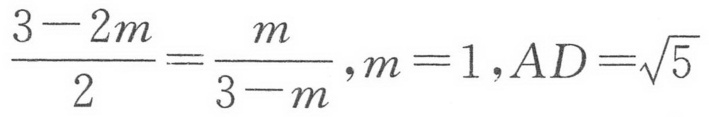
\(\frac{3 - 2m}{2}=\frac{m}{3 - m},m = 1,AD=\sqrt{5}\)